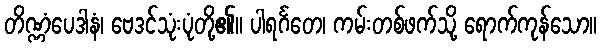
တိဏ္ဏံပေဒါနံ၊ ဗေဒင်သုံးပုံတို့၏။ ပါရင်္ဂတေ၊ ကမ်းတစ်ဖက်သို့ ရောက်ကုန်သော။